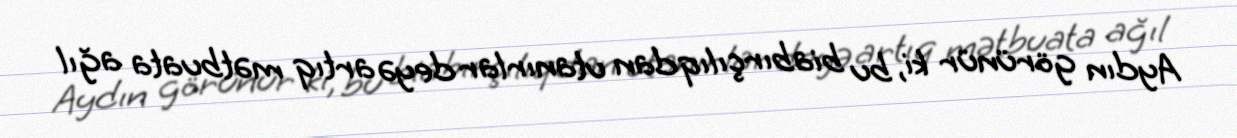
Aydın görünür ki, bu biabırçılıqdan utanırlar deyə artıq mətbuata ağıl